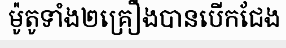
ម៉ូតូទាំង២គ្រឿងបានបើកជែង